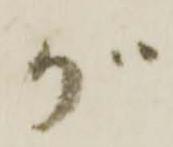
が